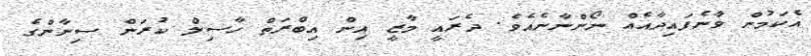
އެކަމުން ވާނެފައިދާއެއް ނޯންނާނެއެވެ. ދެރައީ މާޒީ އިން އިބްރަތް ހާސިލް ކުރަން ސިނާންގެ